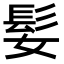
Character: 𫘺